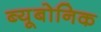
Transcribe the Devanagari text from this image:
ब्यूबोनिक